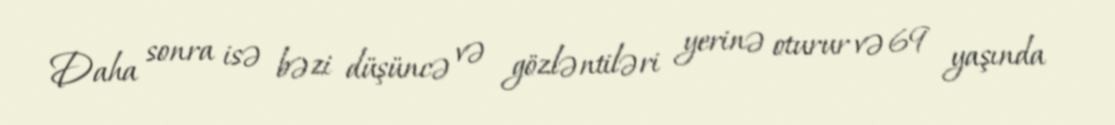
Daha sonra isə bəzi düşüncə və gözləntiləri yerinə oturur və 69 yaşında